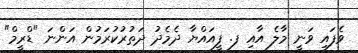
ވެފައި ވަނީ މާލެ އާއި ފ. ފީއައްޔާ ދެެމެދު ދަތުރުކުރަމުން އަންނަ "ޑްރީމް"